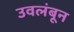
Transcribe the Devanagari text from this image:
उवलंबून